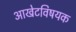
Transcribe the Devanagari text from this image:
आखेटविषयक